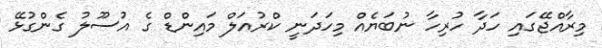
މިރާއްޖޭގައި ހަދާ ހުރިހާ ނުބަޔެއް މިހަދަނީ ކްރުއަލް މައިންޑް ގެ އުސޫލު ގެންގުޅޭ